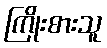
ကြိုးစားသူ